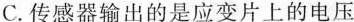
C. 传感器输出的是应变片上的电压